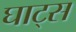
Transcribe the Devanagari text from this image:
घाट्स